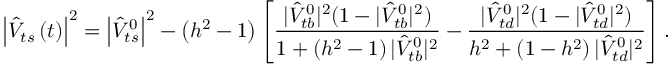
\left| \hat { V } _ { t s } \left( t \right) \right| ^ { 2 } = \left| \hat { V } _ { t s } ^ { 0 } \right| ^ { 2 } - \left( h ^ { 2 } - 1 \right) \left[ \frac { | \hat { V } _ { t b } ^ { 0 } | ^ { 2 } ( 1 - | \hat { V } _ { t b } ^ { 0 } | ^ { 2 } ) } { 1 + \left( h ^ { 2 } - 1 \right) | \hat { V } _ { t b } ^ { 0 } | ^ { 2 } } - \frac { | \hat { V } _ { t d } ^ { 0 } | ^ { 2 } ( 1 - | \hat { V } _ { t d } ^ { 0 } | ^ { 2 } ) } { h ^ { 2 } + \left( 1 - h ^ { 2 } \right) | \hat { V } _ { t d } ^ { 0 } | ^ { 2 } } \right] .